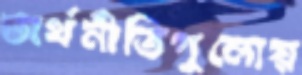
অর্থনীতিগুলোয়